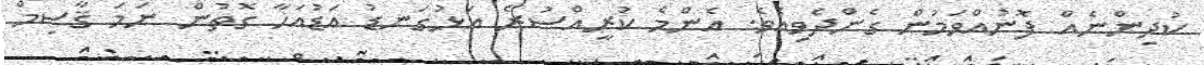
ކުދިންނެއް ފޮނުއްވަމުން ގެންދެވިއެވެ. އެންމެ ކުރީއްސުރެ އަޅުގަނޑު އަޑުއަހާ ގޮތުން ނަމަ ޤާސިމް